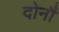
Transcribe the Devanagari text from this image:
दोनौं